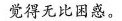
觉得无比困惑。